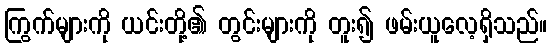
ကြွက်များကို ယင်းတို့၏ တွင်းများကို တူး၍ ဖမ်းယူလေ့ရှိသည်။